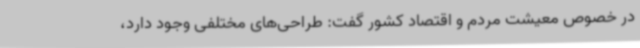
در خصوص معیشت مردم و اقتصاد کشور گفت: طراحی‌های مختلفی وجود دارد،